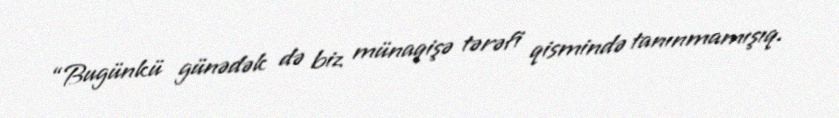
“Bugünkü günədək də biz münaqişə tərəfi qismində tanınmamışıq.